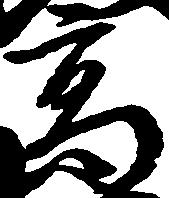
高